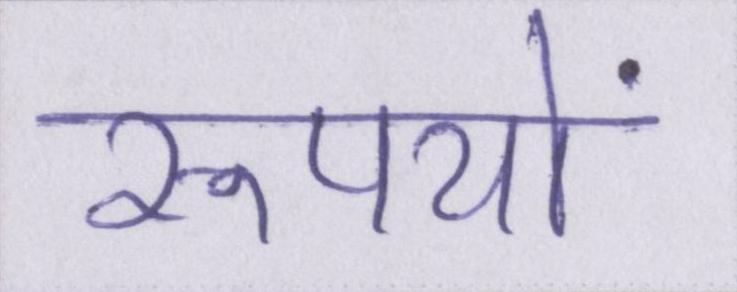
रूपयों